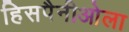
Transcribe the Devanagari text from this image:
हिसपैनीओला